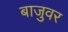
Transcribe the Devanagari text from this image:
बाजुवर